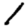
Digit: 1